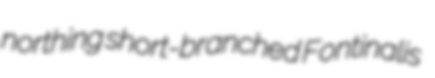
northing short-branched Fontinalis